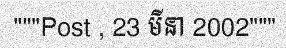
"""Post , 23 មីនា 2002"""